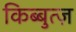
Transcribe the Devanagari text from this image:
किब्बुत्ज़